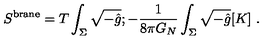
S ^ { \mathrm { b r a n e } } = T \int _ { \Sigma } \sqrt { - \hat { g } } ; - { \frac { 1 } { 8 \pi G _ { N } } } \int _ { \Sigma } \sqrt { - \hat { g } } [ K ] \ .